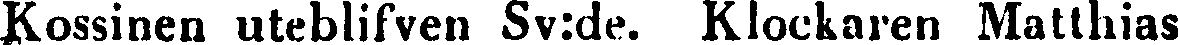
Kossinen uteblifven Sv:de. Klockaren Matthias